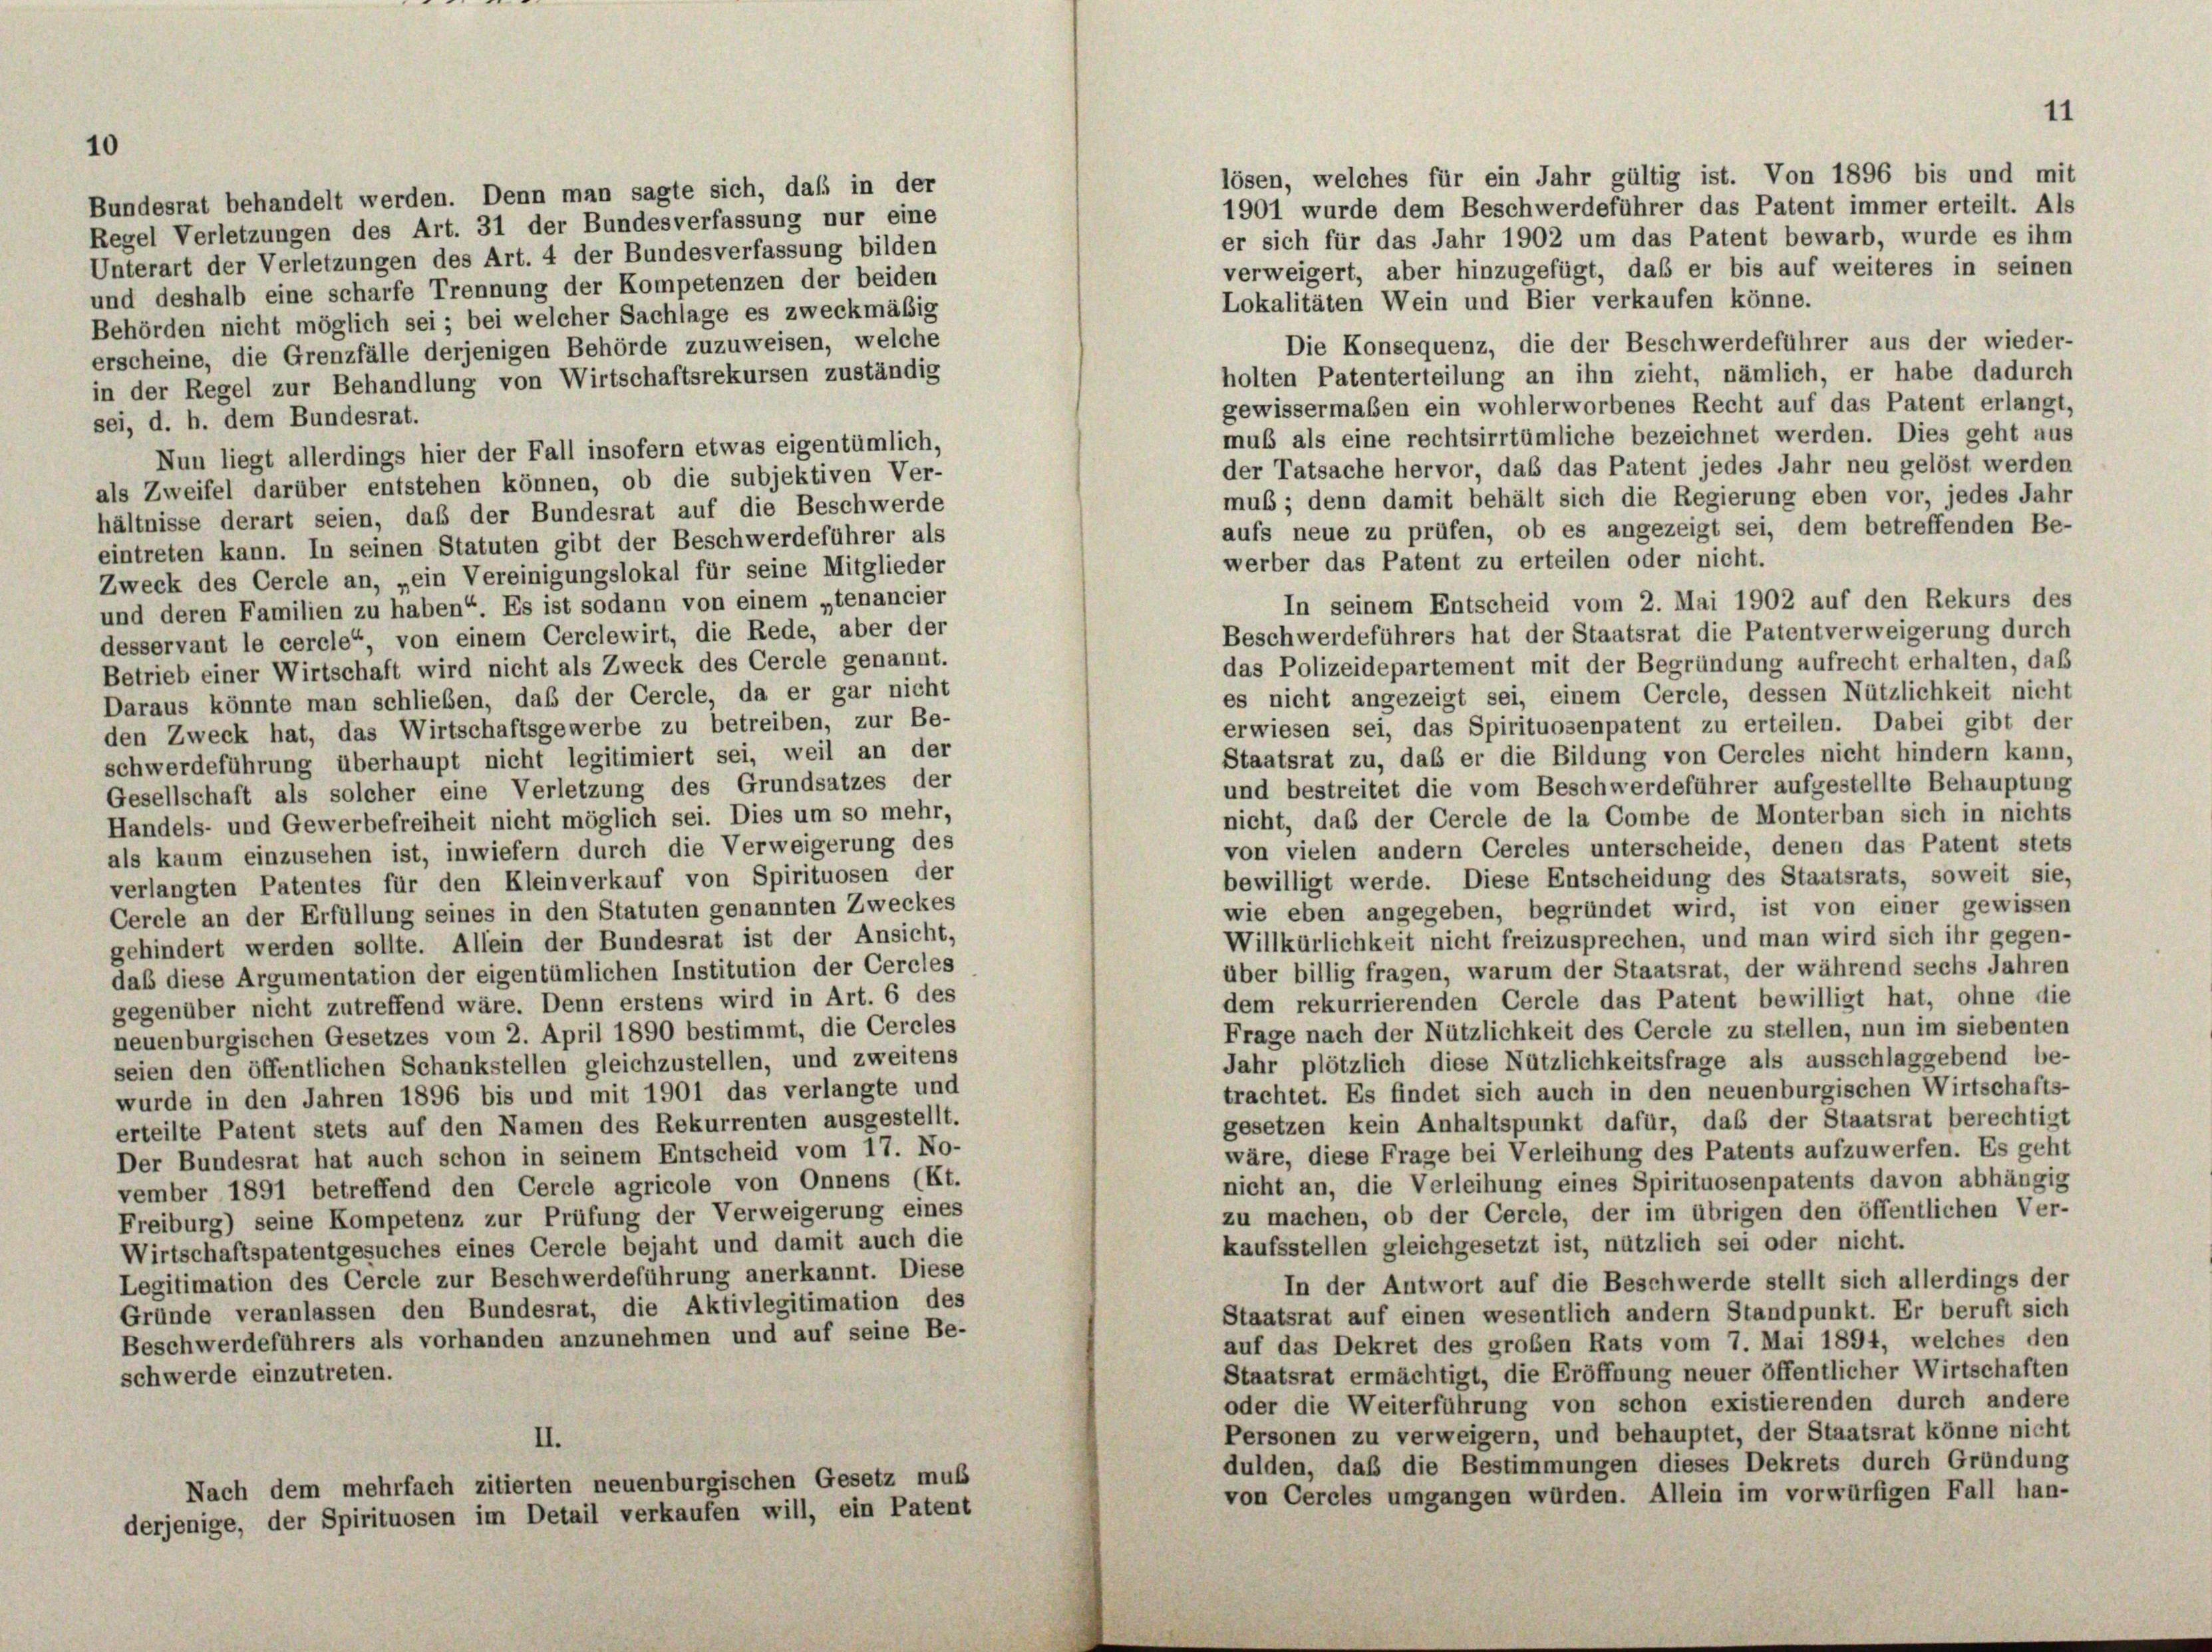
Bundesrat behandelt werden. Denn man sagte sich, daß in der
Regel Verletzungen des Art. 31 der Bundesverfassung nur eine
Unterart der Verletzungen des Art. 4 der Bundesverfassung bilden
und deshalb eine scharfe Trennung der Kompetenzen der beiden
Behörden nicht möglich sei; bei welcher Sachlage es zweckmäßig
erscheine, die Grenzfälle derjenigen Behörde zuzuweisen, welche
in der Regel zur Behandlung von Wirtschaftsrekursen zuständig
sei, d. h. dem Bundesrat.
Nun liegt allerdings hier der Fall insofern etwas eigentümlich,
als Zweifel darüber entstehen können, ob die subjektiven Ver-
hältnisse derart seien, daß der Bundesrat auf die Beschwerde
eintreten kann. In seinen Statuten gibt der Beschwerdeführer als
Zweck des Cercle an, „ein Vereinigungslokal für seine Mitglieder
und deren Familien zu haben“. Es ist sodann von einem „tenancier
desservant le cercle“, von einem Cerclewirt, die Rede, aber der
Betrieb einer Wirtschaft wird nicht als Zweck des Cercle genannt.
Daraus könnte man schlieben, daß der Cercle, da er gar nicht
den Zweck hat, das Wirtschaftsgewerbe zu betreiben, zur Be-
schwerdeführung überhaupt nicht legitimiert sei, weil an der
Gesellschaft als solcher eine Verletzung des Grundsatzes der
Handels- und Gewerbefreiheit nicht möglich sei. Dies um so mehr,
als kaum einzusehen ist, inwiefern durch die Verweigerung des
verlangten Patentes für den Kleinverkauf von Spirituosen der
Cercle an der Erfüllung seines in den Statuten genannten Zweckes
gehindert werden sollte. Allein der Bundesrat ist der Ansicht,
daß diese Argumentation der eigentümlichen Institution der Cercles
gegenüber nicht zutreffend wäre. Denn erstens wird in Art. 6 des
neuenburgischen Gesetzes vom 2. April 1890 bestimmt, die Cercles
seien den öffentlichen Schankstellen gleichzustellen, und zweitens
wurde in den Jahren 1896 bis und mit 1901 das verlangte und
erteilte Patent stets auf den Namen des Rekurrenten ausgestellt.
Der Bundesrat hat auch schon in seinem Entscheid vom 17. No-
vember 1891 betreffend den Cercle agricole von Onnens (Kt.
Freiburg) seine Kompetenz zur Prüfung der Verweigerung eines
Wirtschaftspatentgesuches eines Cercle bejaht und damit auch die
Legitimation des Cercle zur Beschwerdeführung anerkannt. Diese
Gründe veranlassen den Bundesrat, die Aktivlegitimation des
Beschwerdeführers als vorhanden anzunehmen und auf seine Be-
schwerde einzutreten.
II.
Nach dem mehrfach zitierten neuenburgischen Gesetz muß
derjenige, der Spirituosen im Detail verkaufen will, ein Patent

1901 wurde dem Beschwerdeführer das Patent immer erteilt. Als
er sich für das Jahr 1902 um das Patent bewarb, wurde es ihm
verweigert, aber hinzugefügt, daß er bis auf weiteres in seinen
Lokalitäten Wein und Bier verkaufen könne.
Die Konsequenz, die der Beschwerdeführer aus der wieder-
holten Patenterteilung an ihn zieht, nämlich, er habe dadurch
gewissermaßen ein wohlerworbenes Recht auf das Patent erlangt,
muß als eine rechtsirrtümliche bezeichnet werden. Dies geht aus
der Tatsache hervor, daß das Patent jedes Jahr neu gelöst werden
mus; denn damit behält sich die Regierung eben vor, jedes Jahr
aufs neue zu prüfen, ob es angezeigt sei, dem betreffenden Be-
In seinem Entscheid vom 2. Mai 1902 auf den Rekurs des
Beschwerdeführers hat der Staatsrat die Patentverweigerung durch
das Polizeidepartement mit der Begründung aufrecht erhalten, daß
es nicht angezeigt sei, einem Cercle, dessen Nützlichkeit nicht
erwiesen sei, das Spirituosenpatent zu erteilen. Dabei gibt der
Staatsrat zu, daß er die Bildung von Cercles nicht hindern kann,
und bestreitet die vom Beschwerdeführer aufgestellte Behauptung
nicht, das der Cercle de la Combe de Monterban sich in nichts
von vielen andern Cercles unterscheide, denen das Patent stets
bewilligt werde. Diese Entscheidung des Staatsrats, soweit sie,
wie eben angegeben, begründet wird, ist von einer gewissen
Willkürlichkeit nicht freizusprechen, und man wird sich ihr gegen-
über billig fragen, warum der Staatsrat, der während sechs Jahren
dem rekurrierenden Cercle das Patent bewilligt hat, ohne die
Frage nach der Nützlichkeit des Cercle zu stellen, nun im siebenten
Jahr plötzlich diese Nützlichkeitsfrage als ausschlaggebend be-
trachtet. Es findet sich auch in den neuenburgischen Wirtschafts-
gesetzen kein Anhaltspunkt dafür, daß der Staatsrat berechtigt
wäre, diese Frage bei Verleihung des Patents aufzuwerfen. Es geht
nicht an, die Verleihung eines Spirituosenpatents davon abhängig
zu machen, ob der Cercle, der im übrigen den öffentlichen Ver-
kaufsstellen gleichgesetzt ist, nützlich sei oder nicht.
In der Antwort auf die Beschwerde stellt sich allerdings der
Staatsrat auf einen wesentlich andern Standpunkt. Er beruft sich
auf das Dekret des großen Rats vom 7. Mai 1894, welches den
Staatsrat ermächtigt, die Eröffnung neuer öffentlicher Wirtschaften
oder die Weiterführung von schon existierenden durch andere
Personen zu verweigern, und behauptet, der Staatsrat könne nicht
dulden, daß die Bestimmungen dieses Dekrets durch Gründung
von Cercles umgangen würden. Allein im vorwürfigen Fall han-

lösen, welches für ein Jahr gültig ist. Von 1896 bis und mit

werber das Patent zu erteilen oder nicht.